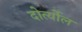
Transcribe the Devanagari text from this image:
दोर्त्योल